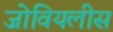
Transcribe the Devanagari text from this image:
जोवियलीस